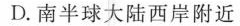
D.南半球大陆西岸附近